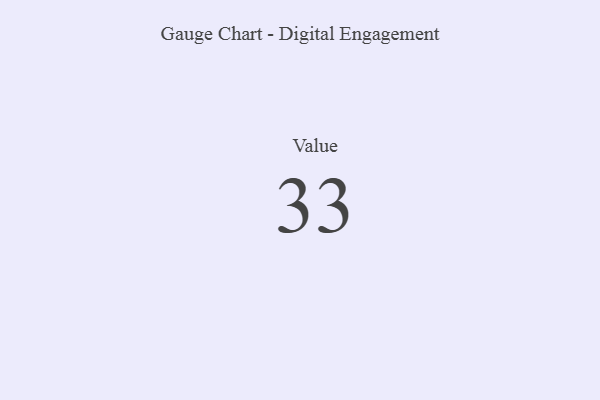
{"axis": {"x": "Metric", "y": "Value"}, "legend": [""], "data": [{"x": "Value", "y": 33, "type": ""}]}